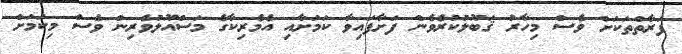
ފަރާތްތަކަށް ވެސް މިހާރު ޤަބޫލުކުރެވެން ފަށާފައިވާ ކަމަށާއި އެމެރިކާގެ މަސްއޫލުވެރިން ވެސް މިކަމަށް